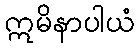
ဣမိနာပါယံ